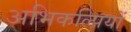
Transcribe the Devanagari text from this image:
अभिकल्पियों